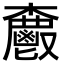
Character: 𮫗